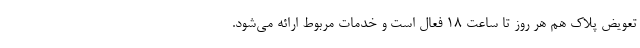
تعویض پلاک هم هر روز تا ساعت ۱۸ فعال است و خدمات مربوط ارائه می‌شود.